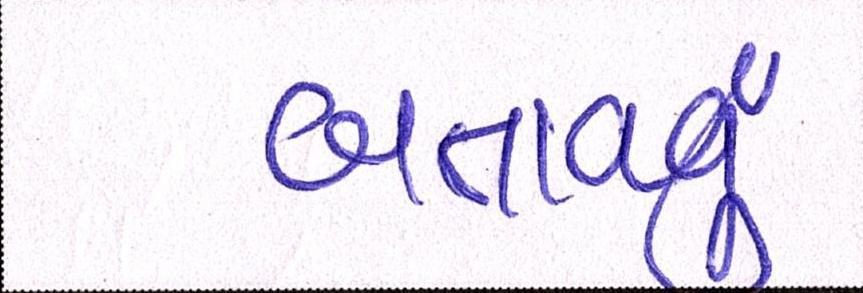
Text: બતાવતું